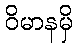
ဝိမာနမှိ